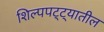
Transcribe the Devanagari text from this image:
शिल्पपट्ट्यातील